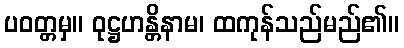
ပဝတ္တမှ။ ဝုဋ္ဌဟန္တိနာမ၊ ထကုန်သည်မည်၏။